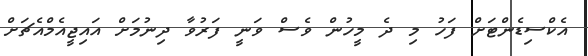
އެކްސިޑެންޓަށް ފަހު މި ދެ މީހުން ވެސް ވަނީ ފަރުވާ ދިނުމަށް އައިޖީއެމްއެޗަށް